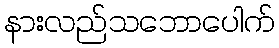
နားလည်သဘောပေါက်